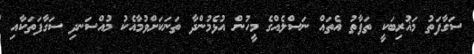
ސަގާފަތު މަޣުރިބަކީ ތަފާތު އެތައް ނަސްލެއްގެ މީހުން އުޅެމުންދާ ތަނަކަށްވުމާއެކު މުއްސަނދި ސަގާފަތަކާއި